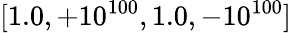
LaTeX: [1.0,+10^{100},1.0,-10^{100}]